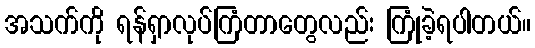
အသက်ကို ရန်ရှာလုပ်ကြံတာတွေလည်း ကြုံခဲ့ရပါတယ်။